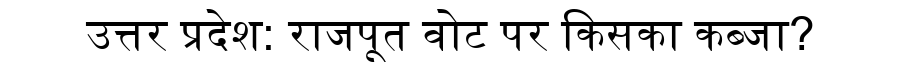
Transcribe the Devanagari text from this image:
उत्तर प्रदेश: राजपूत वोट पर किसका कब्जा?